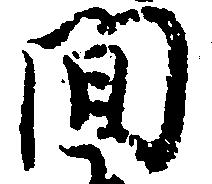
間